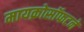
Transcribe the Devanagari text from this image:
मायक्रोसॉफटने